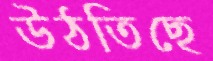
উঠতিছে